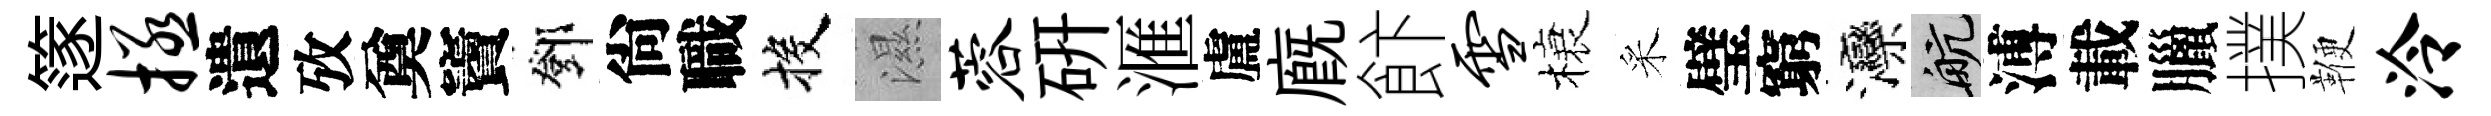
篴拯遺攷奠竇鄧尙職投濕蓉研滙盧廐飰雪榱采璧窮灤航溥載臘撲鞭泠